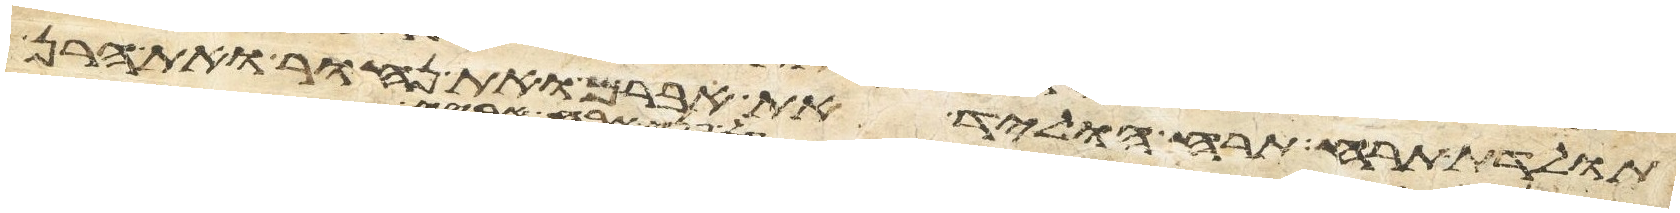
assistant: תולדת תרח תרח הוליד את אברם ואת נחור ואת הרן